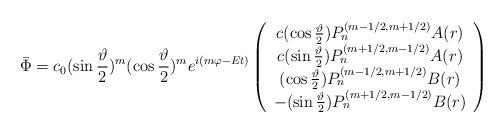
LaTeX: \begin{align*}\bar \Phi =c_0(\sin \frac \vartheta 2)^m(\cos \frac \vartheta2)^me^{i(m\varphi -Et)}\left(\begin{array}{c}c(\cos \frac \vartheta 2)P_n^{(m-1/2,m+1/2)}A(r) \\c(\sin \frac \vartheta 2)P_n^{(m+1/2,m-1/2)}A(r) \\(\cos \frac \vartheta 2)P_n^{(m-1/2,m+1/2)}B(r) \\-(\sin \frac \vartheta 2)P_n^{(m+1/2,m-1/2)}B(r)\end{array}\right)\end{align*}